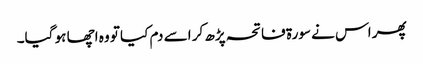
پھر اس نے سورۃ فاتحہ پڑھ کر اسے دم کیا تو وہ اچھا ہو گیا۔